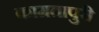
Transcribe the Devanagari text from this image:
कामतापुरी